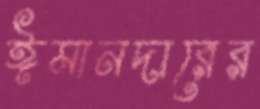
ঈমানদারের